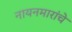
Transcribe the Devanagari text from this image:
नायनमारांचे